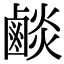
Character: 𪉧